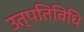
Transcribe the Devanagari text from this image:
उत्पतिविधि